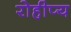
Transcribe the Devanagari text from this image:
रोहीप्य